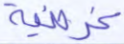
غرضية